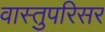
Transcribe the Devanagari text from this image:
वास्तुपरिसर